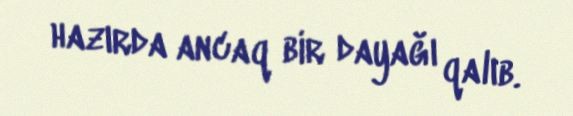
hazırda ancaq bir dayağı qalıb.